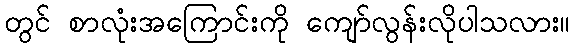
တွင် စာလုံးအကြောင်းကို ကျော်လွန်းလိုပါသလား။